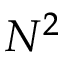
N ^ { 2 }